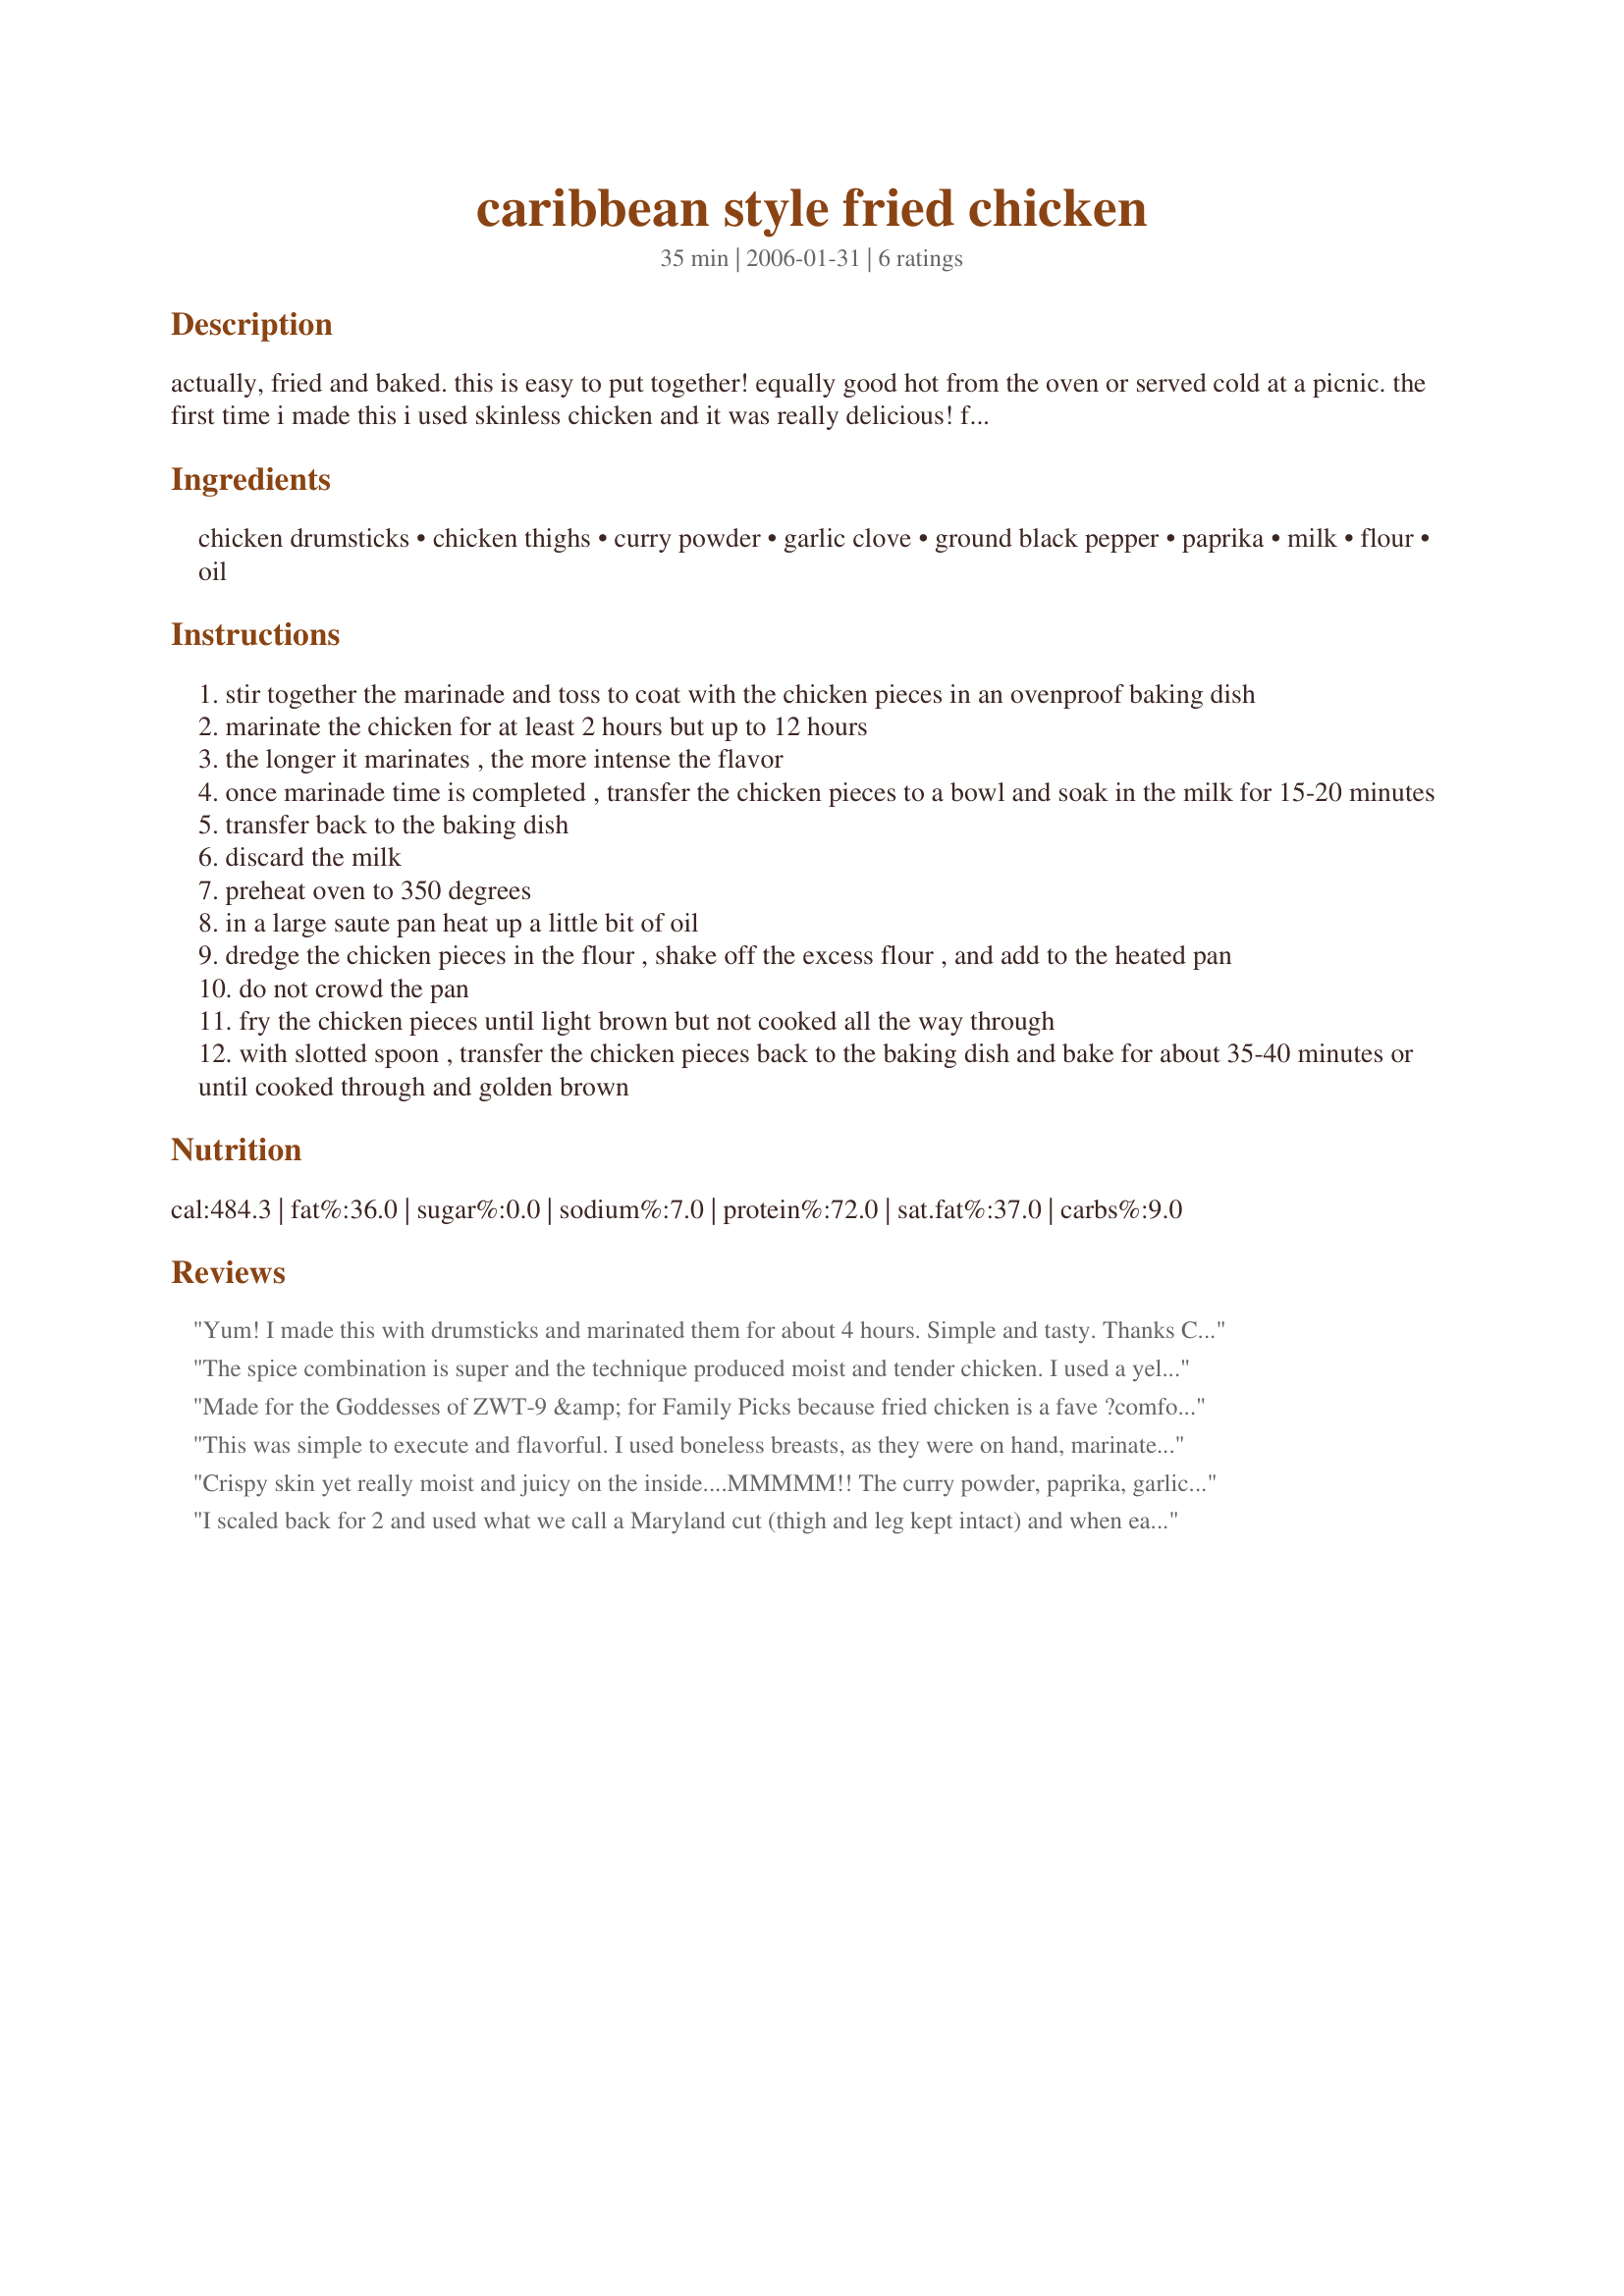
caribbean style fried chicken
Preparation time: 35 minutes

actually, fried and baked. this is easy to put together! equally good hot from the oven or served cold at a picnic. the first time i made this i used skinless chicken and it was really delicious! from the caribbean cookbook by hermes' house publications.

Ingredients:
chicken drumsticks, chicken thighs, curry powder, garlic clove, ground black pepper, paprika, milk, flour, oil

Steps:
stir together the marinade and toss to coat with the chicken pieces in an ovenproof baking dish
marinate the chicken for at least 2 hours but up to 12 hours
the longer it marinates , the more intense the flavor
once marinade time is completed , transfer the chicken pieces to a bowl and soak in the milk for 15-20 minutes
transfer back to the baking dish
discard the milk
preheat oven to 350 degrees
in a large saute pan heat up a little bit of oil
dredge the chicken pieces in the flour , shake off the excess flour , and add to the heated pan
do not crowd the pan
fry the chicken pieces until light brown but not cooked all the way through
with slotted spoon , transfer the chicken pieces back to the baking dish and bake for about 35-40 minutes or until cooked through and golden brown

Reviews:
Yum! I made this with drumsticks and marinated them for about 4 hours. Simple and tasty. Thanks Cookgirl for sharing. Made for ZWT9.
The spice combination is super and the technique produced moist and tender chicken. I used a yellow Jamaican curry powder and it helped to give the chicken a nice golden color, too. We really enjoyed this. Made for Mike and the Appliance Killers. ZWT9.
Made for the Goddesses of ZWT-9 &amp; for Family Picks because fried chicken is a fave ?comfort food?. The prob w/giving in to the urge for this comfort food is the frying part. I was attracted to the flavor profile &amp; the fact it was more baked then fried. It is such an easy-fix &amp; was made exactly as written except for the use of 3 skinless &amp; boneless chicken breasts. 1 was quite lrg &amp; cut into medallions. The other 2 were split &amp; made 2 lrg chicken tenders each. My only fear was that the breast meat would be dry, but that would have been my bad if it happened. I need not have worried as the outside was crisp &amp; the meat was moist &amp; flavorful. It was served w/Recipe #233189 by Random Rachel, an ?empty the fridge? salad, steamed cauliflower &amp; Recipe #428493 by mersaydees ? A dandy DH-pleaser of a meal! Thx for sharing this recipe w/us.
This was simple to execute and flavorful. I used boneless breasts, as they were on hand, marinated for the minimum time and I seasoned the flour before dredging the chicken. It got a nice crust in the pan, but was a bit soggy from the oven, but I guess that is to be expected. Thanks for sharing a tasty recipe, Cookgirl.
Crispy skin yet really moist and juicy on the inside....MMMMM!! The curry powder, paprika, garlic, and black pepper taste combo is truly delish!!
I scaled back for 2 and used what we call a Maryland cut (thigh and leg kept intact) and when eating it was OMG the curry flavour (I used a hot Madras home made curry mix and I can assure you that it is blow you socks off material) but the taste on the chicken was fantastic even though it only had 2 1/2 hour to marinate and after browning I allowed 45 minutes to cook and the result was beautifully moist chicken that was oh so delicious, thank you Cookgirl, made Make My Recipe/
